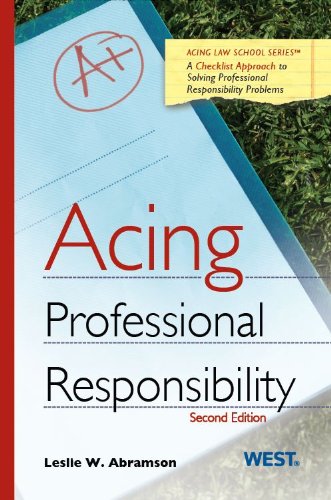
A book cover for Acing Professional Responsibility (Acing Series); Leslie Abramson; Law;